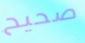
صحيح